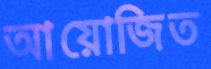
আয়োজিত